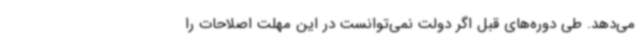
می‌دهد. طی دوره‌های قبل اگر دولت نمی‌توانست در این مهلت اصلاحات را